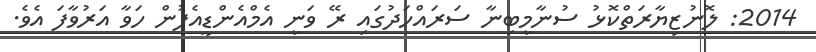
2014: ލޮނުޒިޔާރަތްކޮޅު ސުނާމީބިނާ ސަރައްހަދުގައި ރޭ ވަނީ އެމްއެންޑީއެފުން ހަވާ އަރުވާފަ އެވެ.